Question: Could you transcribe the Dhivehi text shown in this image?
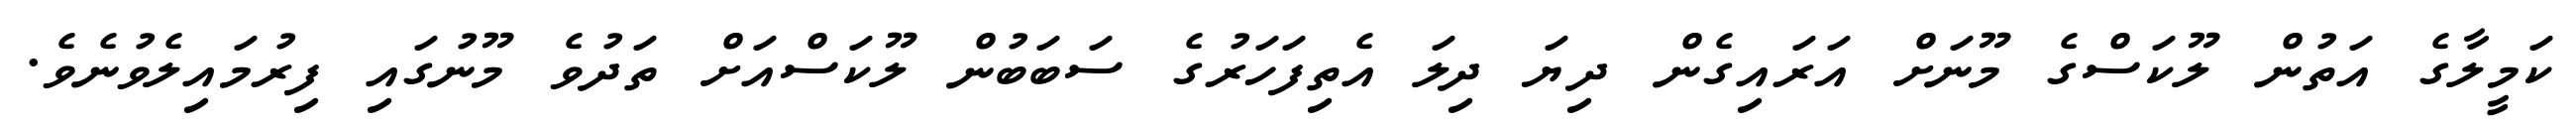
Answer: ކަމީލާގެ އަތުން ލޫކަސްގެ މޫނަށް އަރައިގެން ދިޔަ ދިލަ އެތިފަހަރުގެ ސަބަބުން ލޫކަސްއަށް ތަދުވެ މޫނުގައި ފިރުމައިލެވުނެވެ.